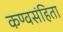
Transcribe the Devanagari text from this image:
कण्वसंहिता